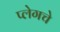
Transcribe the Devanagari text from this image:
प्लेगचे